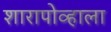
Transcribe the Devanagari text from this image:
शारापोव्हाला